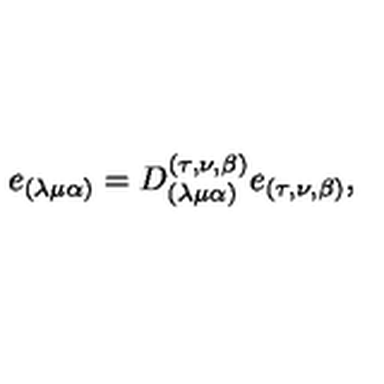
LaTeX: e _ { ( \lambda \mu \alpha ) } = D _ { ( \lambda \mu \alpha ) } ^ { ( \tau , \nu , \beta ) } e _ { ( \tau , \nu , \beta ) } ,